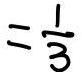
$=\frac{1}{3}$